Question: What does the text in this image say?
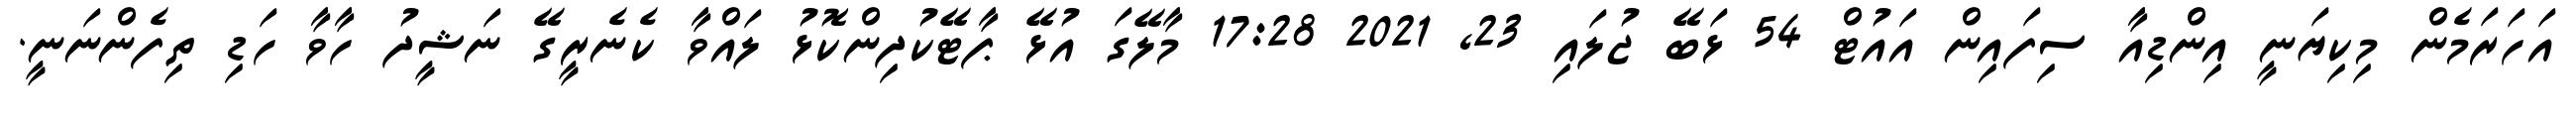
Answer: އަހަރަމެން މިކިޔަނީ އިންޑިއާ ސިފައިން އައުޓް 54 ޅަބޭ ޖުލައި 23, 2021 17:28 މާލޭގަ އުޅޭ ޕާޓޭކުދިންކޮޅު ލައްވާ ކެނެރީގޭ ނަޝީދު ހާވާ ހަޑި ތިފެންނަނީ.